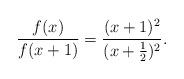
LaTeX: \begin{align*}\frac{f(x)}{f(x+1)}= \frac{(x+1)^2}{(x+\frac 12)^2}.\end{align*}